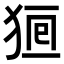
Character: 𤞸